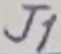
Text: J1